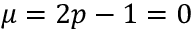
\mu = 2 p - 1 = 0